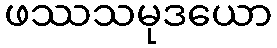
ဖဿသမုဒယော